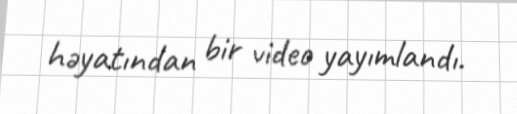
həyatından bir video yayımlandı.